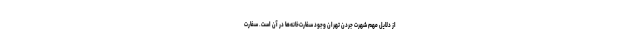
از دلایل مهم شهرت جردن تهران وجود سفارت‌خانه‌ها در آن است. سفارت‌